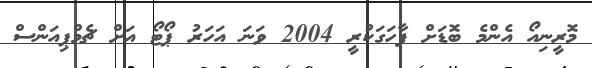
މޮރީނިއޯ އެންމެ ބޮޑަށް ފާހަގަކުރީ 2004 ވަނަ އަހަރު ޕޯޓޯ އަށް ޗެމްޕިއަންސް